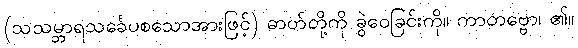
(သသမ္ဘာရသင်္ခေပစသောအားဖြင့်) ဓာတ်တို့ကို ခွဲဝေခြင်းကို။ ကာတဗ္ဗော၊ ၏။